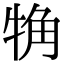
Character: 觕